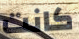
كانت